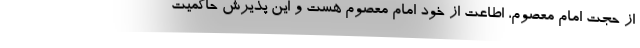
از حجت امام معصوم، اطاعت از خود امام معصوم هست و این پذیرش حاکمیت